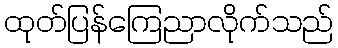
ထုတ်ပြန်ကြေညာလိုက်သည်